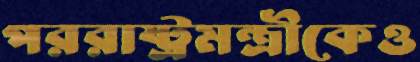
পররাষ্ট্রমন্ত্রীকেও